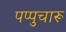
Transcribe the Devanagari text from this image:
पप्पुचारू